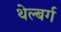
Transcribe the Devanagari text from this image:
थेल्बर्ग